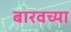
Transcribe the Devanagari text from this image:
बारवच्या